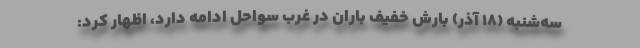
سه‌شنبه (۱۸ آذر) بارش خفیف باران در غرب سواحل ادامه دارد، اظهار کرد: